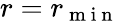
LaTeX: r=r_{\mathrm{~m~i~n~}}